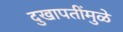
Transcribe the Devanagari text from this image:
दुखापतींमुळे